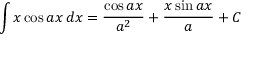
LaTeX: \int x \cos a x \, d x = { \frac { \cos a x } { a ^ { 2 } } } + { \frac { x \sin a x } { a } } + C